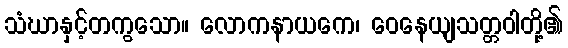
သံဃာနှင့်တကွသော။ လောကနာယကေ၊ ဝေနေယျသတ္တဝါတို့၏